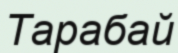
Тарабай